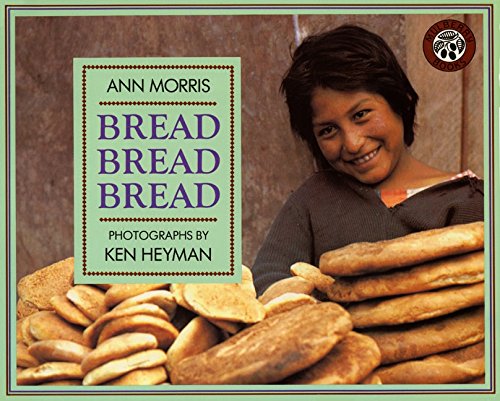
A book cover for Bread, Bread, Bread (Around the World Series); Ann Morris; Children's Books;